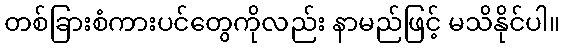
တစ်ခြားစံကားပင်တွေကိုလည်း နာမည်ဖြင့် မသိနိုင်ပါ။